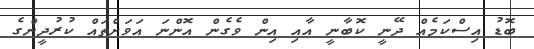
ބޮޑު އިސްކަމެއް ދޭނީ ކޮބާނީ އާއި އިން ވެގެން އޮންނަ އަވަށްތައް ކުރުދީންގެ